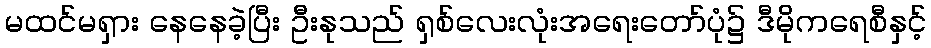
မထင်မရှား နေနေခဲ့ပြီး ဦးနုသည် ရှစ်လေးလုံးအရေးတော်ပုံ၌ ဒီမိုကရေစီနှင့်